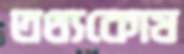
তথ্যকোষ